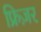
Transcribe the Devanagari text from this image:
फ्रिज़र